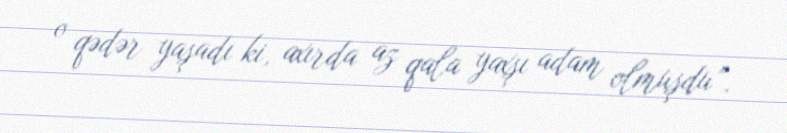
o qədər yaşadı ki, axırda az qala yaxşı adam olmuşdu”.